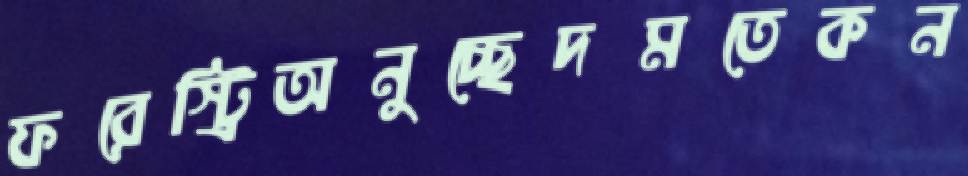
ফরেস্ট্রিঅনুচ্ছেদমতেকন